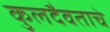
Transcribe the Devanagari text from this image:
कुलदैवताचे